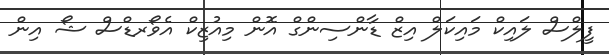
ފީލްސް ލައިކް މައިކަލް އިޒް ޑާންސިންގް އޮން މިއުޒިކް އެވޯރޑްސް ޝޯ އިން